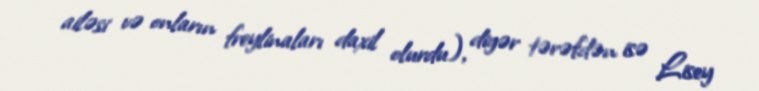
ailəsi və onların freylinaları daxil olurdu), digər tərəfdən isə Lisey